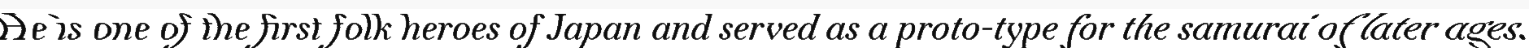
He is one of the first folk heroes of Japan and served as a proto-type for the samurai of later ages.